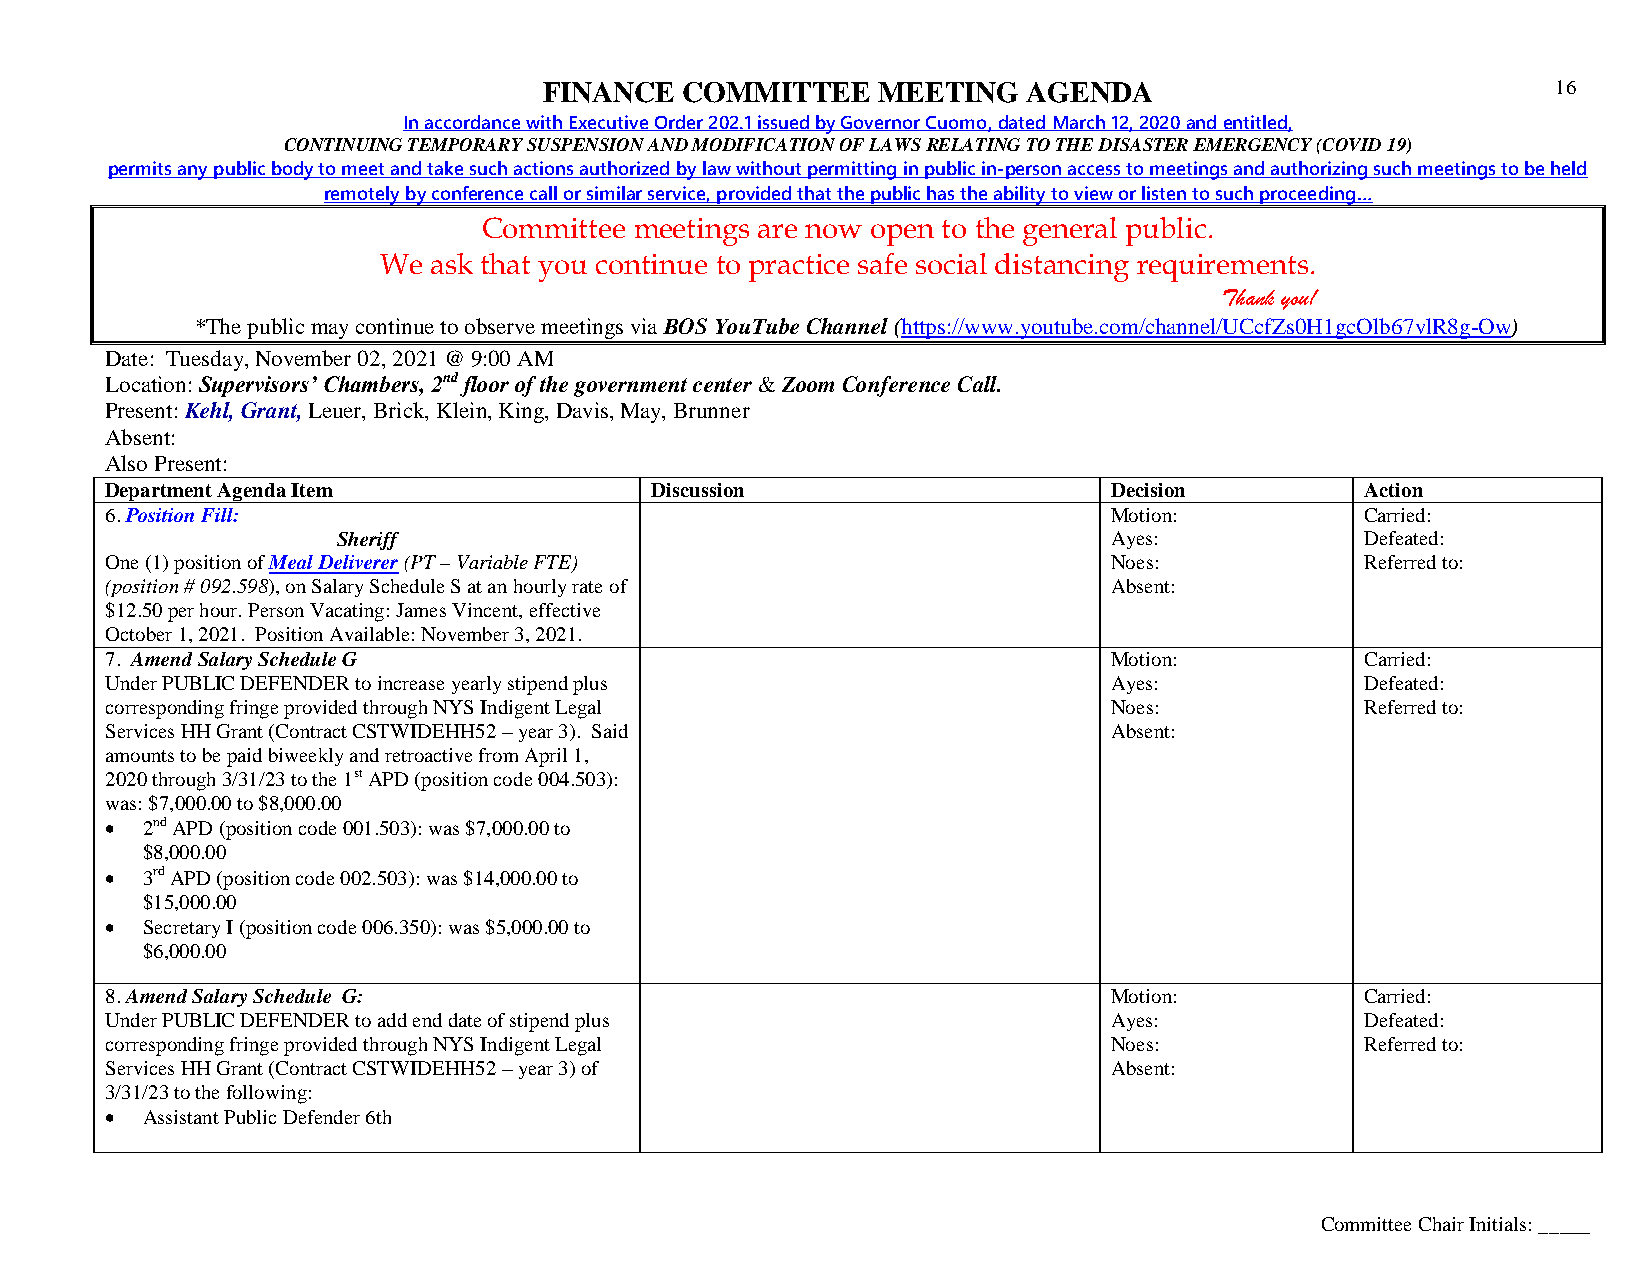
FINANCE  COMMITTEE    MEETING   AGENDA                             16
 In accordance with Executive Order 202.1 issued by Governor Cuomo, dated March 12, 2020 and entitled,
 CONTINUING TEMPORARY SUSPENSION AND MODIFICATION OF LAWS RELATING TO THE DISASTER EMERGENCY (COVID 19)
 permits any public body to meet and take such actions authorized by law without permitting in public in-person access to meetings and authorizing such meetings to be held
 remotely by conference call or similar service, provided that the public has the ability to view or listen to such proceeding…
 Committee meetings are now open to the general public.
 We ask that you continue to practice safe social distancing requirements.
 Thank you!
 *The public may continue to observe meetings via BOS YouTube Channel (https://www.youtube.com/channel/UCcfZs0H1gcOlb67vlR8g-Ow)
 Date: Tuesday, November 02, 2021 @ 9:00 AM
 Location: Supervisors’ Chambers, 2nd floor of the government center & Zoom Conference Call.
 Present: Kehl, Grant, Leuer, Brick, Klein, King, Davis, May, Brunner
 Absent:
 Also Present:
 Department Agenda Item              Discussion                    Decision         Action
 6. Position Fill:                                                 Motion:          Carried:
 Sheriff                                            Ayes:            Defeated:
 One (1) position of Meal Deliverer (PT – Variable FTE)            Noes:            Referred to:
 (position # 092.598), on Salary Schedule S at an hourly rate of   Absent:
 $12.50 per hour. Person Vacating: James Vincent, effective
 October 1, 2021. Position Available: November 3, 2021.
 7. Amend Salary Schedule G                                        Motion:          Carried:
 Under PUBLIC DEFENDER to increase yearly stipend plus             Ayes:            Defeated:
 corresponding fringe provided through NYS Indigent Legal          Noes:            Referred to:
 Services HH Grant (Contract CSTWIDEHH52 – year 3). Said           Absent:
 amounts to be paid biweekly and retroactive from April 1,
 2020 through 3/31/23 to the 1st APD (position code 004.503):
 was: $7,000.00 to $8,000.00
  2nd APD (position code 001.503): was $7,000.00 to
 $8,000.00
  3rd APD (position code 002.503): was $14,000.00 to
 $15,000.00
  Secretary I (position code 006.350): was $5,000.00 to
 $6,000.00
 8. Amend Salary Schedule G:                                       Motion:          Carried:
 Under PUBLIC DEFENDER to add end date of stipend plus             Ayes:            Defeated:
 corresponding fringe provided through NYS Indigent Legal          Noes:            Referred to:
 Services HH Grant (Contract CSTWIDEHH52 – year 3) of              Absent:
 3/31/23 to the following:
  Assistant Public Defender 6th
 Committee Chair Initials: _____